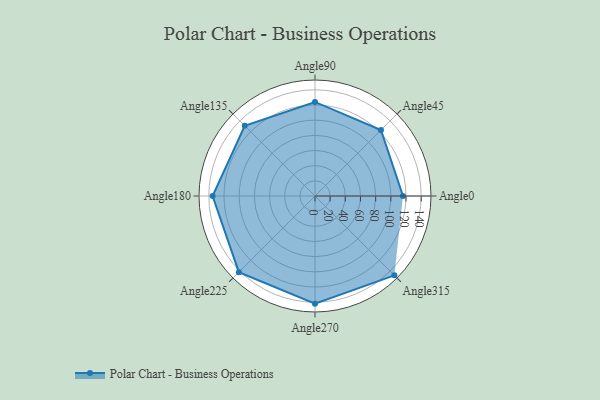
{"axis": {"x": "Angle", "y": "Radius"}, "legend": [""], "data": [{"x": "Angle0", "y": 116.0, "type": ""}, {"x": "Angle45", "y": 123.0, "type": ""}, {"x": "Angle90", "y": 124.0, "type": ""}, {"x": "Angle135", "y": 131.0, "type": ""}, {"x": "Angle180", "y": 135.0, "type": ""}, {"x": "Angle225", "y": 142.0, "type": ""}, {"x": "Angle270", "y": 142.0, "type": ""}, {"x": "Angle315", "y": 148.0, "type": ""}]}